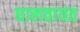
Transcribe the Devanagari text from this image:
घालतायत